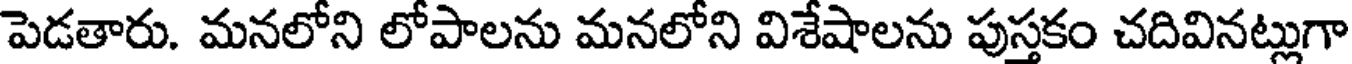
పెడతారు. మనలోని లోపాలను మనలోని విశేషాలను పుస్తకం చదివినట్లుగా